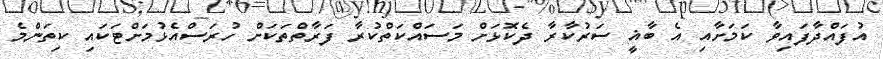
އުފައްދާފައިވާ ކަމަށާއި އެ ބާޣީ ސަރުކާރާ ދެކޮޅަށް މަސައްކަތްކުރާ ފަރާތްތަކަށް ހުރަސްއެޅުމަށްޓަކައި ކިތަންމެ